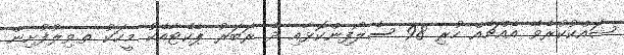
ޝައްކުކުރެވޭ އެއްޗެއް ހުރި 98 ސެލޯފިންކޮޅާއި ދެ ރަބަރު ޕެކެޓާއެކު މީހަކު ތ.ވިލުފުށިން